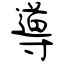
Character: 導